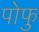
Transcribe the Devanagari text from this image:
पोफु